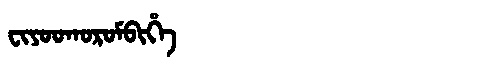
Manchu: ᠸᡳᠶᠣᠣᡴᠣᡵᠣᠮᠪᡳᡥᡝ
Romanization: FIYOOKOROMBIHE